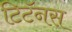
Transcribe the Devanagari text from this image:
टिटॅनस